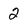
Character: 2